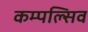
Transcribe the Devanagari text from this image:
कम्पल्सिव